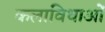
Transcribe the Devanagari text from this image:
कलाविधाओं